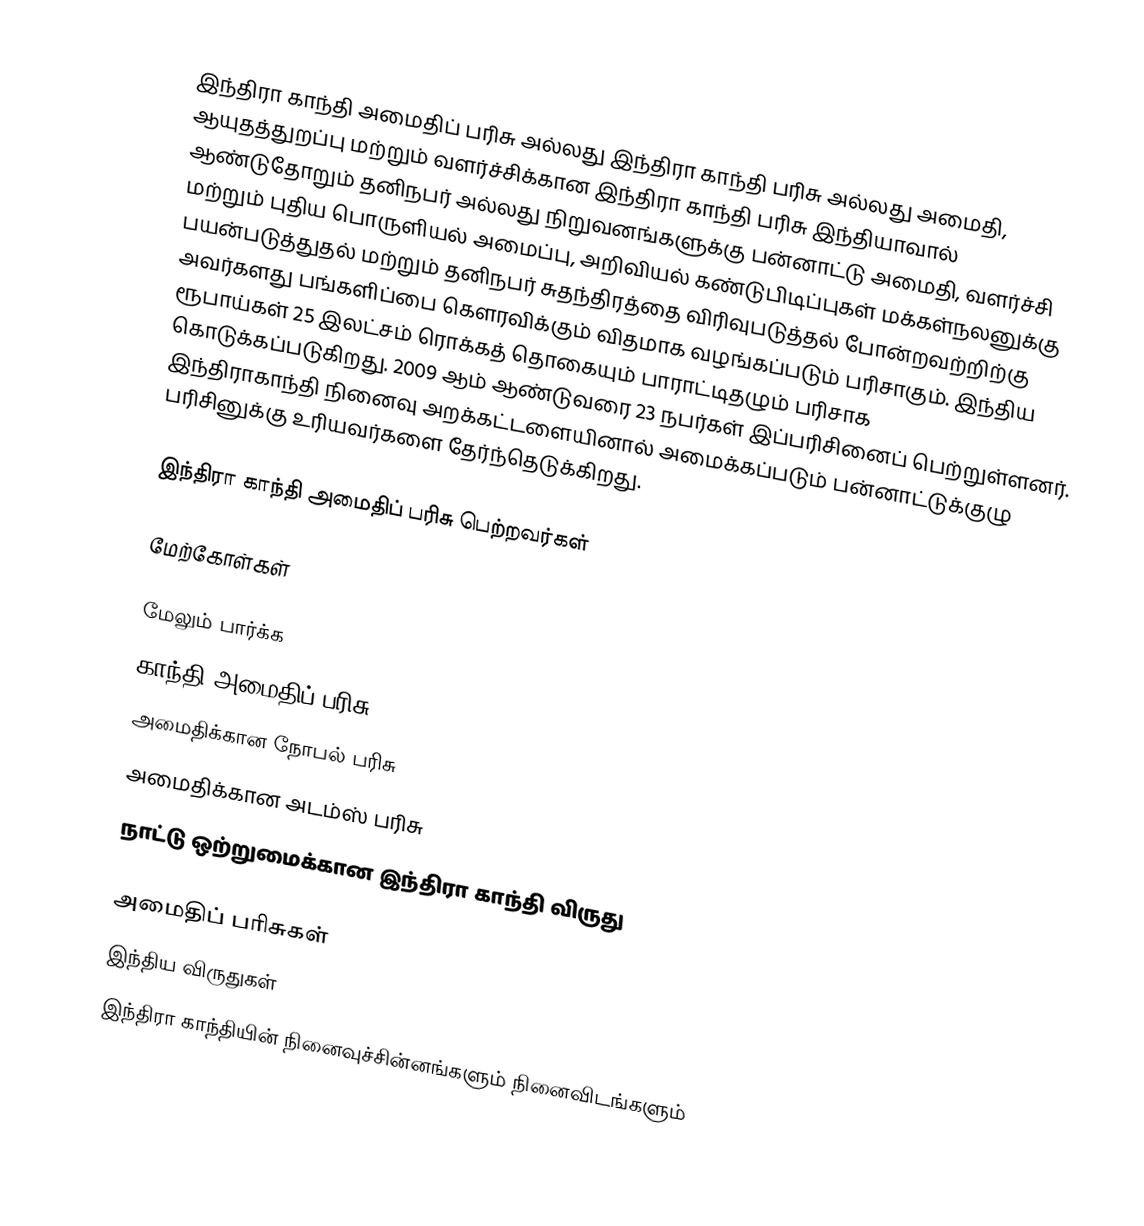
இந்திரா காந்தி அமைதிப் பரிசு அல்லது இந்திரா காந்தி பரிசு அல்லது அமைதி, ஆயுதத்துறப்பு மற்றும் வளர்ச்சிக்கான இந்திரா காந்தி பரிசு இந்தியாவால் ஆண்டுதோறும் தனிநபர் அல்லது நிறுவனங்களுக்கு பன்னாட்டு அமைதி, வளர்ச்சி மற்றும் புதிய பொருளியல் அமைப்பு, அறிவியல் கண்டுபிடிப்புகள் மக்கள்நலனுக்கு பயன்படுத்துதல் மற்றும் தனிநபர் சுதந்திரத்தை விரிவுபடுத்தல் போன்றவற்றிற்கு அவர்களது பங்களிப்பை கௌரவிக்கும் விதமாக வழங்கப்படும் பரிசாகும். இந்திய ரூபாய்கள் 25 இலட்சம் ரொக்கத் தொகையும் பாராட்டிதழும் பரிசாக கொடுக்கப்படுகிறது. 2009 ஆம் ஆண்டுவரை 23 நபர்கள் இப்பரிசினைப் பெற்றுள்ளனர். இந்திராகாந்தி நினைவு அறக்கட்டளையினால் அமைக்கப்படும் பன்னாட்டுக்குழு பரிசினுக்கு உரியவர்களை தேர்ந்தெடுக்கிறது.

இந்திரா காந்தி அமைதிப் பரிசு பெற்றவர்கள்

மேற்கோள்கள்

மேலும் பார்க்க
 காந்தி அமைதிப் பரிசு
 அமைதிக்கான நோபல் பரிசு
 அமைதிக்கான அடம்ஸ் பரிசு
 நாட்டு ஒற்றுமைக்கான இந்திரா காந்தி விருது

அமைதிப் பரிசுகள்
இந்திய விருதுகள்
இந்திரா காந்தியின் நினைவுச்சின்னங்களும் நினைவிடங்களும்